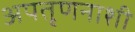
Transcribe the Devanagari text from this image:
अपतृणनाशी